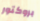
بروكتور